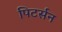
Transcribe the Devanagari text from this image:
पिटर्सन